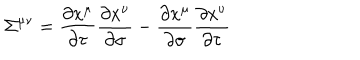
{ \Sigma } ^ { \mu \nu } = \frac { \partial x ^ { \mu } } { \partial \tau } \frac { \partial x ^ { \nu } } { \partial \sigma } - \frac { \partial x ^ { \mu } } { \partial \sigma } \frac { \partial x ^ { \nu } } { \partial \tau }